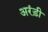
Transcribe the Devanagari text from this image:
अरंड़ी